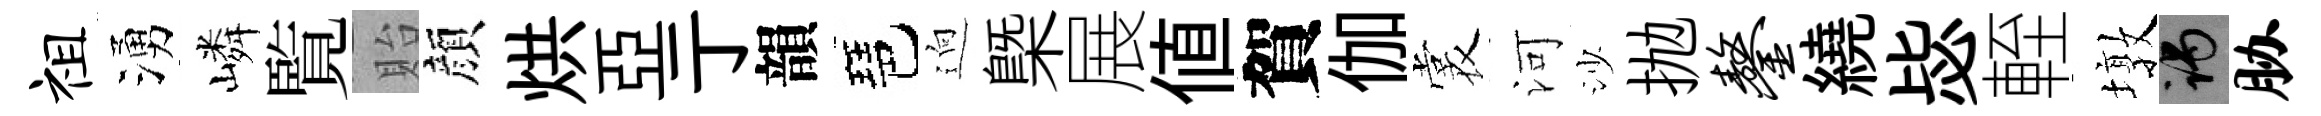
祖湧嶙覧貽顔烘亞亍韻琶逈㮣展值賀伽裳河沙抛鏊繞毖輊墩谒胁